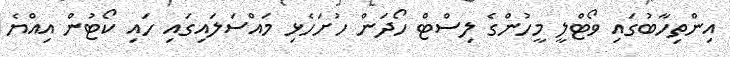
އިންތިހާބުގައި ވޯޓްލީ މީހުންގެ ލިސްޓް ހޯދަން ހުށަހެޅި މައްސަލައިގައި ހައި ކޯޓުން އިއްޔެ